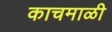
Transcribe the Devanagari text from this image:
काचमाळी